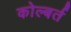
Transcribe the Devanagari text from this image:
कोल्बर्त